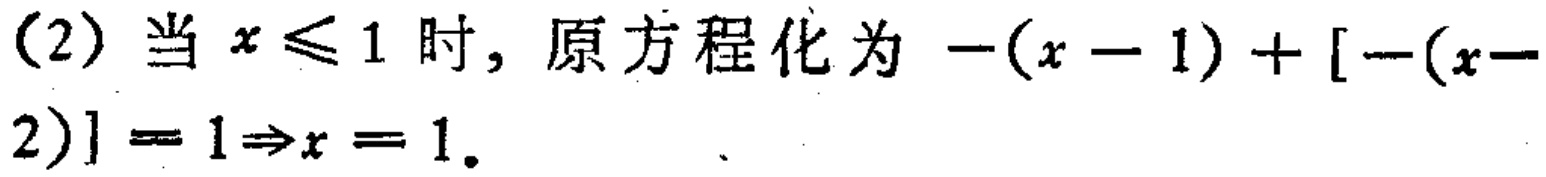
(2) 当 \(x\leqslant 1\) 时，原方程化为 \(-(x - 1)+[-(x - 2)] = 1\Rightarrow x = 1\)。